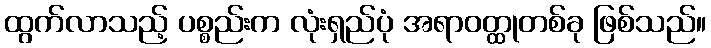
ထွက်လာသည့် ပစ္စည်းက လုံးရှည်ပုံ အရာဝတ္ထုတစ်ခု ဖြစ်သည်။